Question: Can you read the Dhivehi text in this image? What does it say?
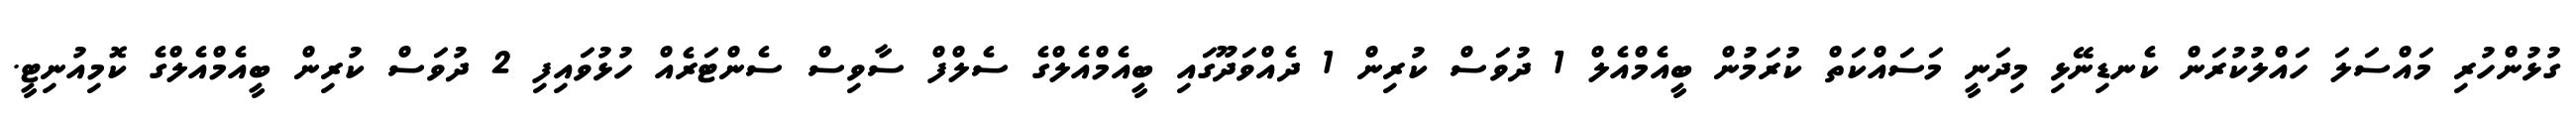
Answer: ގުޅުންހުރި މައްސަލަ ހައްލުކުރަން ކެނޑިނޭޅި މިދަނީ މަސައްކަތް ކުރަމުން ބީއެމްއެލް 1 ދުވަސް ކުރިން 1 ދެއްވަދޫގައި ބީއެމްއެލްގެ ސެލްފް ސާވިސް ސެންޓަރެއް ހުޅުވައިފި 2 ދުވަސް ކުރިން ބީއެމްއެލްގެ ކޮމިއުނިޓީ.